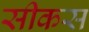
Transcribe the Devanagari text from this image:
सीकस